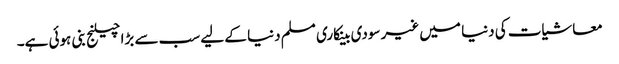
معاشیات کی دنیا میں غیر سودی بینکاری مسلم دنیا کے لیے سب سے بڑا چیلنج بنی ہوئی ہے۔